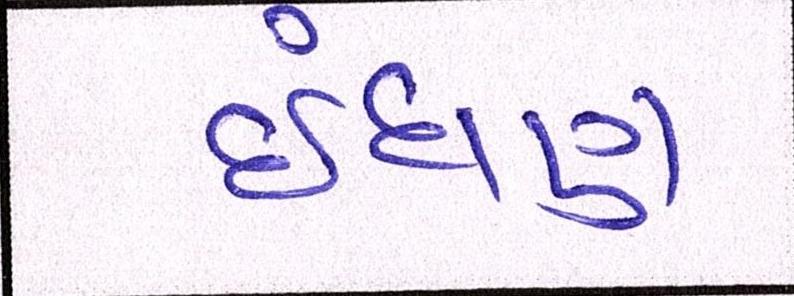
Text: ઈંધણ